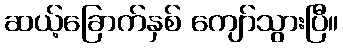
ဆယ့်ခြောက်နှစ် ကျော်သွားပြီ။